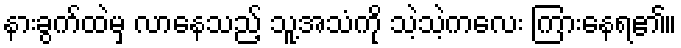
နားခွက်ထဲမှ လာနေသည့် သူ့အသံကို သဲ့သဲ့ကလေး ကြားနေရ၏။